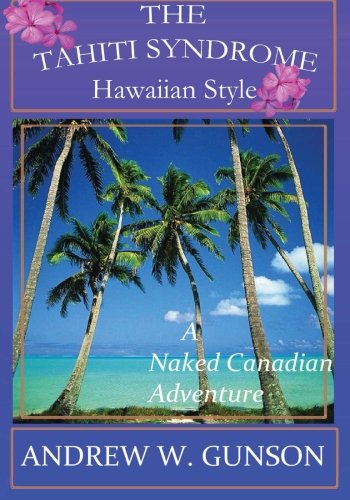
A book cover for The Tahiti Syndrome-Hawaiian Style; Mr. Andrew W Gunson; Travel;